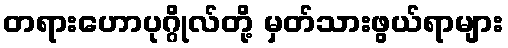
တရားဟောပုဂ္ဂိုလ်တို့ မှတ်သားဖွယ်ရာများ